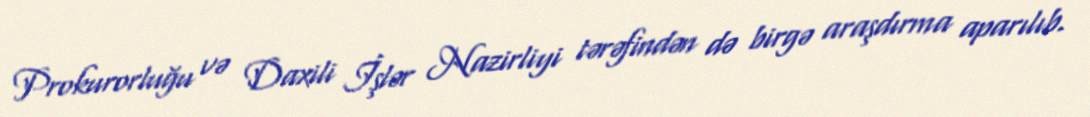
Prokurorluğu və Daxili İşlər Nazirliyi tərəfindən də birgə araşdırma aparılıb.